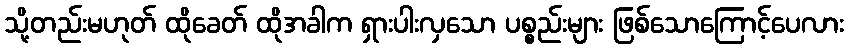
သို့တည်းမဟုတ် ထိုခေတ် ထိုအခါက ရှားပါးလှသော ပစ္စည်းများ ဖြစ်သောကြောင့်ပေလား